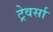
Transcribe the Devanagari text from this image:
ट्रेवर्सा